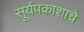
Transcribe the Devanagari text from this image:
सूर्यपकाशाचे